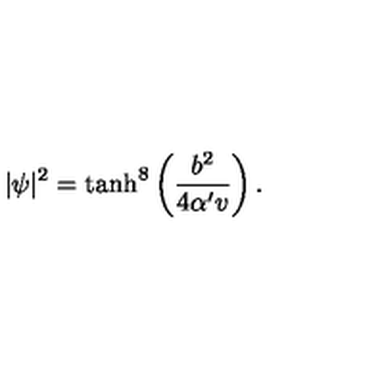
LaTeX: \vert \psi \vert ^ { 2 } = \tanh ^ { 8 } \left( \frac { b ^ { 2 } } { 4 \alpha ^ { \prime } v } \right) .